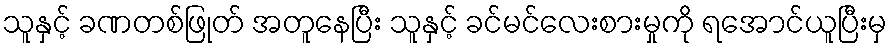
သူနှင့် ခဏတစ်ဖြုတ် အတူနေပြီး သူနှင့် ခင်မင်လေးစားမှုကို ရအောင်ယူပြီးမှ